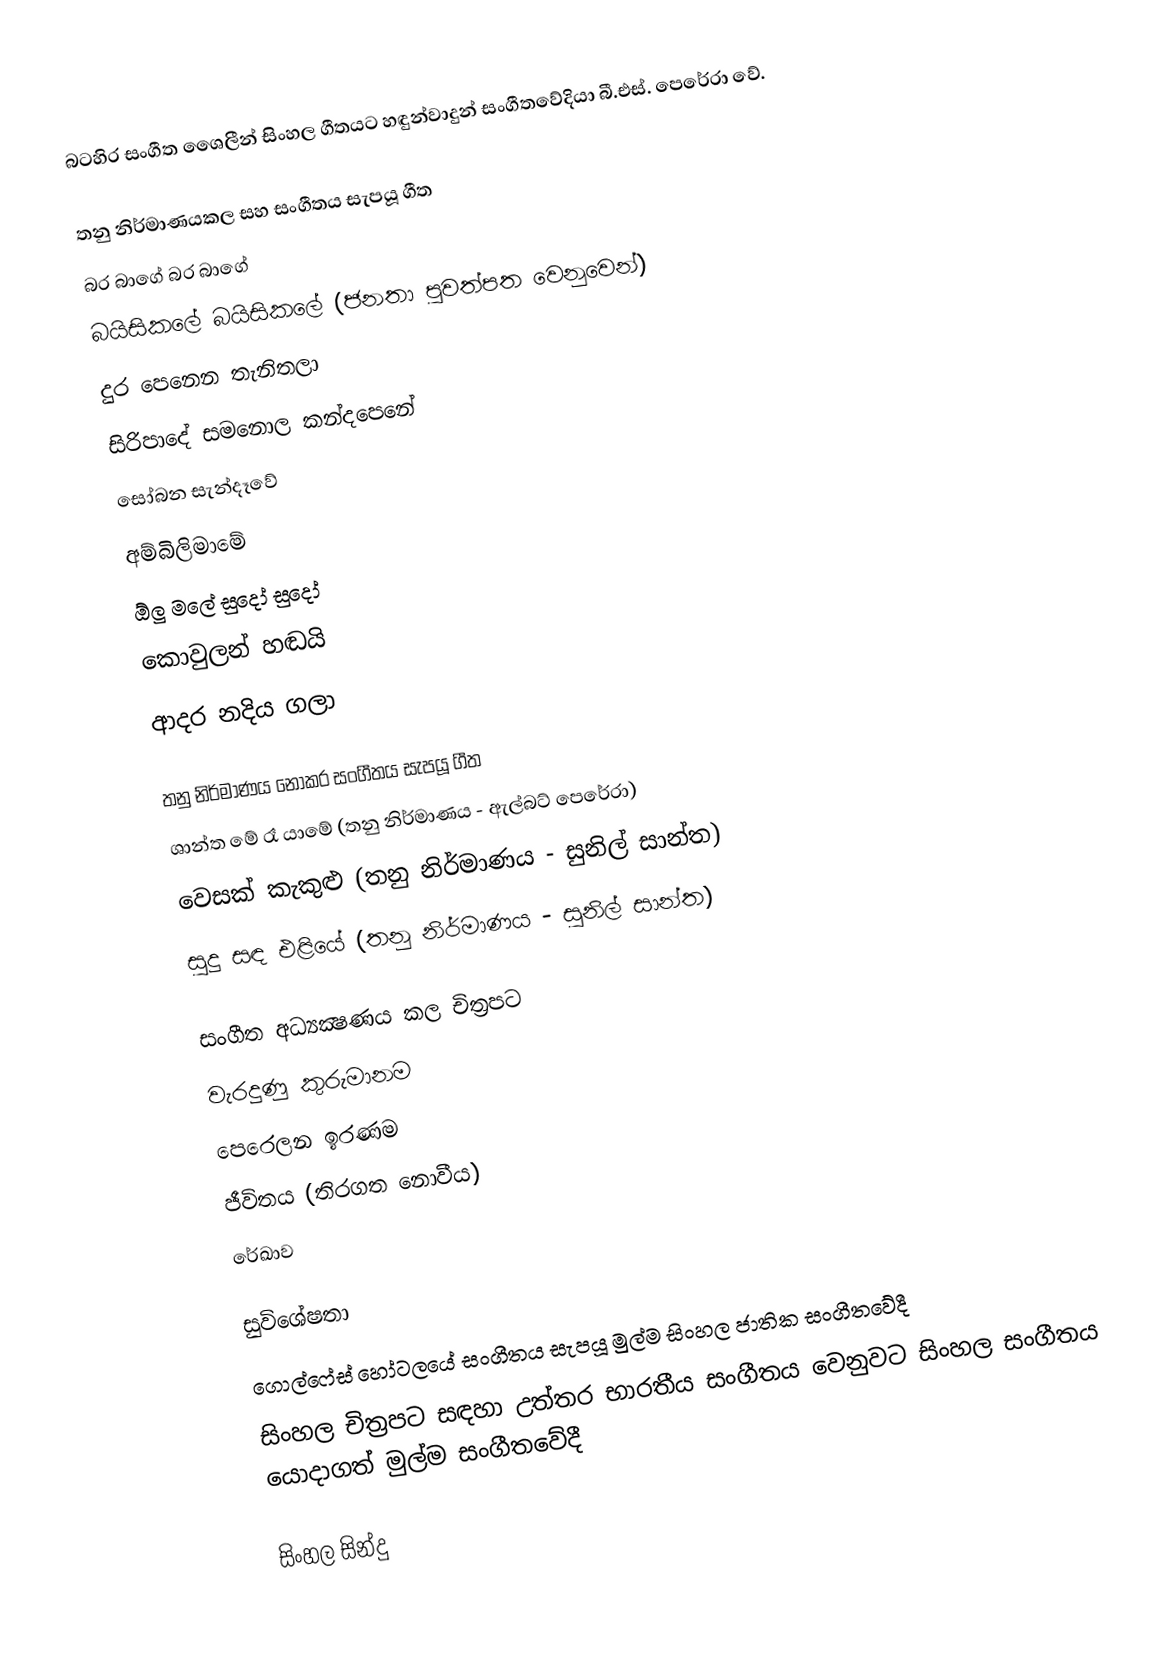
බටහිර සංගීත ශෛලීන් සිංහල ගීතයට හඳුන්වාදුන් සංගීතවේදියා බී.එස්. පෙරේරා වේ.

තනු  නිර්මාණයකල සහ සංගීතය සැපයූ ගීත
 බර බාගේ බර බාගේ
 බයිසිකලේ බයිසිකලේ (ජනතා පුවත්පත වෙනුවෙන්)
 දුර පෙනෙන තැනිතලා
 සිරිපාදේ සමනොල කන්දපෙනේ
 සෝබන සැන්දෑවේ
 අම්බිලිමාමේ
 ඕලු මලේ සුදෝ සුදෝ
 කොවුලන් හඬයි
 ආදර නදිය ගලා

තනු  නිර්මාණය නොකර සංගීතය සැපයූ ගීත
 ශාන්ත මේ රෑ යාමේ (තනු නිර්මාණය - ඇල්බට් පෙරේරා)
 වෙසක් කැකුළු (තනු නිර්මාණය - සුනිල් සාන්ත)
 සුදු සඳ එළියේ (තනු නිර්මාණය - සුනිල් සාන්ත)

සංගීත අධ්‍යක්‍ෂණය කල චිත්‍රපට
 වැරදුණු කුරුමානම
 පෙරෙලන ඉරණම
 ජීවිතය (තිරගත නොවීය)
 රේඛාව

සුවිශේෂතා
 ගොල්ෆේස් හෝටලයේ  සංගීතය සැපයූ මුල්ම සිංහල ජාතික සංගීතවේදී
 සිංහල චිත්‍රපට සඳහා උත්තර භාරතීය සංගීතය වෙනුවට සිංහල සංගීතය යොදාගත් මුල්ම  සංගීතවේදී

සිංහල සින්දු